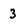
Character: 3